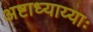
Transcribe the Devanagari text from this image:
अष्टाध्याय्याः